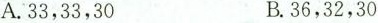
A.33，33，30 B.36，32，30